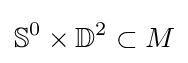
\mathbb {S} ^{0}\times \mathbb {D} ^{2}\subset M